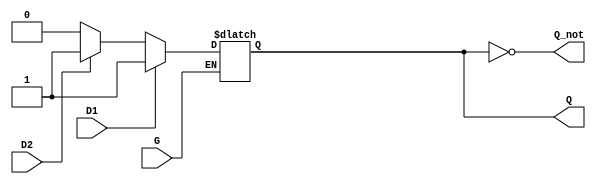
module dual_input_gated_latch (
    input wire D1,        // First data input
    input wire D2,        // Second data input
    input wire G,         // Enable signal
    output reg Q,         // Output
    output wire Q_not     // Complement of the output
);

// Complement of the output
assign Q_not = ~Q;

// Latch behavior
always @(*) begin
    if (G) begin
        // When G is HIGH, sample the inputs
        if (D1) begin
            Q = 1'b1; // Prioritize D1 if HIGH
        end else if (D2) begin
            Q = 1'b1; // D2 is HIGH, set Q to HIGH
        end else begin
            Q = 1'b0; // Both D1 and D2 are LOW
        end
    end
    // When G is LOW, hold the last state of Q
end

endmodule